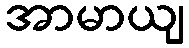
အာမာယျ